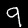
Digit: 9